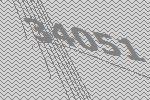
34051